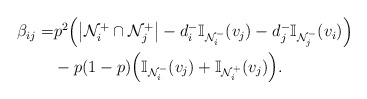
\begin{align*}\begin{aligned} \beta_{ij} =& p^2 \Big(\big|\mathcal{N}_i^+ \cap \mathcal{N}_j^+\big| - d_i^- \mathbb{I}_{\mathcal{N}_i^-}(v_j) - d_j^- \mathbb{I}_{\mathcal{N}_j^-}(v_i) \Big) \\ &- p(1-p) \Big(\mathbb{I}_{\mathcal{N}_i^-}(v_j) + \mathbb{I}_{\mathcal{N}_i^+}(v_j)\Big). \end{aligned}\end{align*}